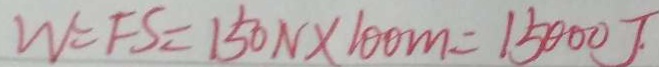
W = F S = 1 5 0 N \times 1 0 0 m = 1 5 0 0 0 J